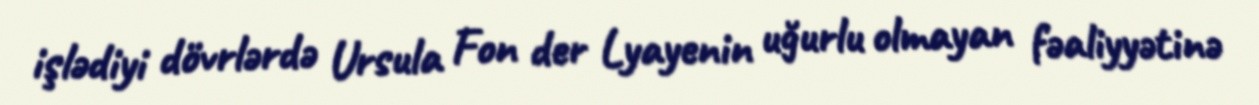
işlədiyi dövrlərdə Ursula Fon der Lyayenin uğurlu olmayan fəaliyyətinə